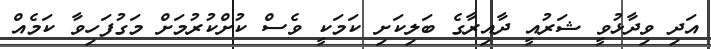
އަދި ވިދާޅުވީ ޝަރުއީ ދާއިރާގެ ބަލިކަށި ކަމަކީ ވެސް ކުށްކުރުމަށް މަގުފަހިވާ ކަމެއް